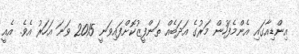
އިންޑިއާގައި އެންމެފަހުން މަރުގެ އަދަބެއް ތަންފީޒުކޮށްފައިވަނީ 2015 ވަނަ އަހަރު އެވެ. އެއީ